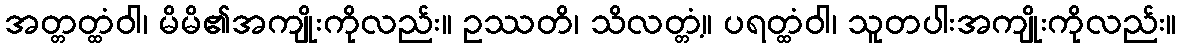
အတ္တတ္ထံဝါ၊ မိမိ၏အကျိုးကိုလည်း။ ဥဿတိ၊ သိလတ္တံ့။ ပရတ္ထံဝါ၊ သူတပါးအကျိုးကိုလည်း။